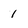
Character: 1